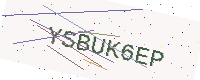
Text: YSBUK6EP